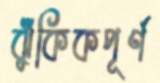
ঝুঁকিকপূর্ণ